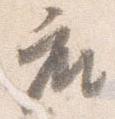
座